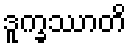
ဒူက္ခဿာတိ